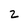
Character: 2